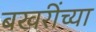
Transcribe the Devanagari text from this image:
बखरींच्या